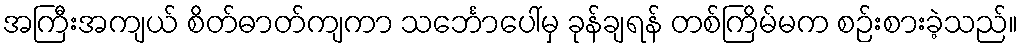
အကြီးအကျယ် စိတ်ဓာတ်ကျကာ သင်္ဘောပေါ်မှ ခုန်ချရန် တစ်ကြိမ်မက စဉ်းစားခဲ့သည်။